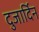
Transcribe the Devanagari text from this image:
दुजार्दिन